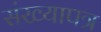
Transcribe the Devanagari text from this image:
संख्यापत्र